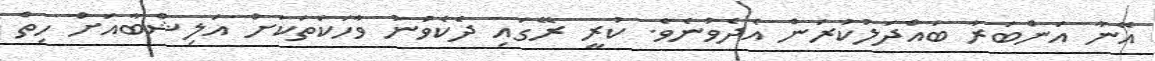
އޭނާ އަންބަރާ ބައްދަލުކުރަން އެދެވުނެވެ. ކުރީ ރޭގައި ދެކެވުނު ވާހަކަތަކަށް އަލިޝްބާއަށް ހިތް